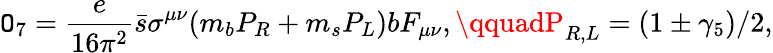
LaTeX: \mathtt{O}_{7}=\frac{{e}}{{16\pi^{2}}}\bar{{s}}\sigma^{\mu\nu}(m_{b}P_{R}+m_{s}P_{L})bF_{\mu\nu},\qquadP_{R,L}=(1\pm\gamma_{5})/2,